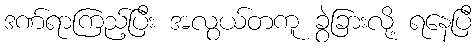
ဒဏ်ရာကြည့်ပြီး အလွယ်တကူ ခွဲခြားလို့ ရနေပြီ